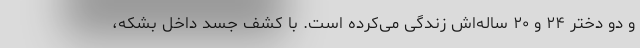
و دو دختر ۲۴ و ۲۰ ساله‌اش زندگی می‌کرده است. با کشف جسد داخل بشکه،